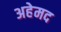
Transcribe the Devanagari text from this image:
अहेमद